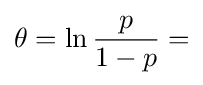
\theta =\ln {\frac {p}{1-p}}=